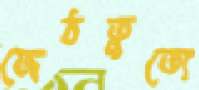
জেঠতুতো